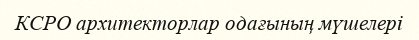
КСРО архитекторлар одағының мүшелері